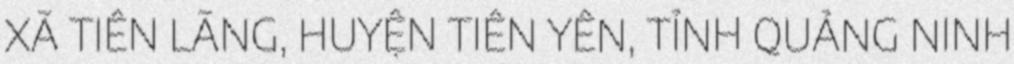
XÃ TIÊN LÃNG, HUYỆN TIÊN YÊN, TỈNH QUẢNG NINH